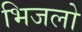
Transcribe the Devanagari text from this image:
भिजलो